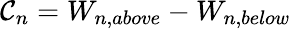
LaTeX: \mathcal{C}_{n}=W_{n,above}-W_{n,below}